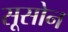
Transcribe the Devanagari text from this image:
सूसोन